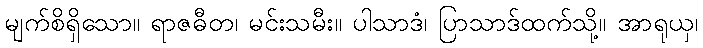
မျက်စိရှိသော။ ရာဇဓီတ၊ မင်းသမီး။ ပါသာဒံ၊ ပြာသာဒ်ထက်သို့။ အာရုယှ၊